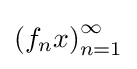
\left(f_{n}x\right)_{n=1}^{\infty }